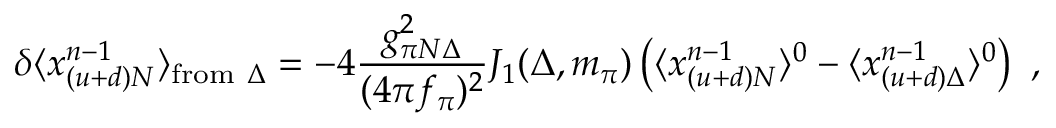
\delta \langle x _ { ( u + d ) N } ^ { n - 1 } \rangle _ { \mathrm { f r o m } ~ \Delta } = - 4 { \frac { g _ { \pi N \Delta } ^ { 2 } } { ( 4 \pi f _ { \pi } ) ^ { 2 } } } J _ { 1 } ( \Delta , m _ { \pi } ) \left( \langle x _ { ( u + d ) N } ^ { n - 1 } \rangle ^ { 0 } - \langle x _ { ( u + d ) \Delta } ^ { n - 1 } \rangle ^ { 0 } \right) \ ,